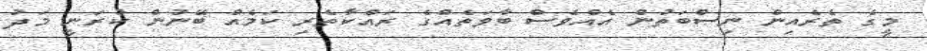
މީގެ ތެރެއިން ނިސްބަތުން އެއްވެސް ބާވަތެއްގެ ރައްކާތެރި ކަމެއް ބޭނުން ކުރަނީ މަދު